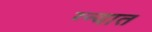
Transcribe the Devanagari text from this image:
ग्न्यात